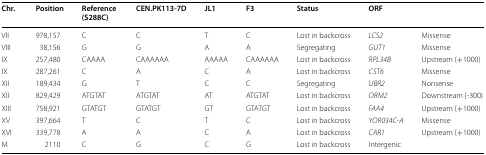
| Chr. | Position | Reference(S288C) | CEN.PK113-7D | JL1 | F3 | Status | ORF |  |
 | --- | --- | --- | --- | --- | --- | --- | --- | --- |
 | VII | 978,157 | C | C | T | C | Lost in backcross | LCS2 | Missense |
 | VIII | 38,156 | G | G | A | A | Segregating | GUT1 | Missense |
 | IX | 257,480 | CAAAA | CAAAAAA | AAAAA | CAAAAAA | Lost in backcross | RPL34B | Upstream (+1000) |
 | IX | 287,261 | C | A | C | A | Lost in backcross | CST6 | Missense |
 | XII | 189,434 | G | T | C | C | Segregating | UBR2 | Nonsense |
 | XII | 829,429 | ATGTAT | ATGTAT | AT | ATGTAT | Lost in backcross | ORM2 | Downstream (-300) |
 | XIII | 758,921 | GTATGT | GTATGT | GT | GTATGT | Lost in backcross | FAA4 | Upstream (+1000) |
 | XV | 397,664 | T | C | T | C | Lost in backcross | YOR034C-A | Missense |
 | XVI | 339,778 | A | A | C | A | Lost in backcross | CAR1 | Upstream (+1000) |
 | M | 2110 | C | G | C | G | Lost in backcross | Intergenic |  |